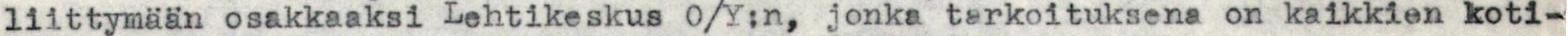
liittymään osakkaaksi Lehtikeskus O/Y:n, jonka tarkoituksena on kaikkien koti-